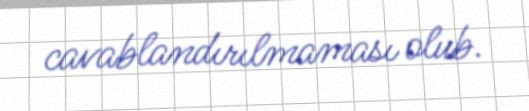
cavablandırılmaması olub.